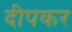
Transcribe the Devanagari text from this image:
दीपकर